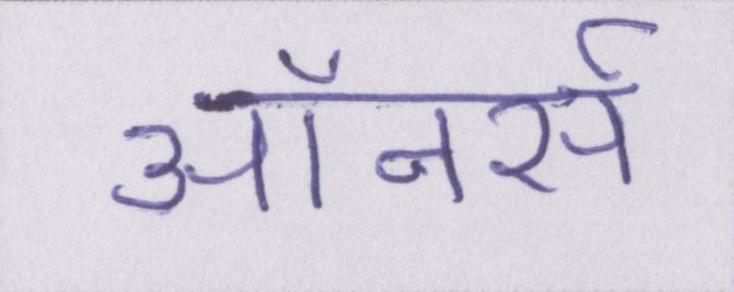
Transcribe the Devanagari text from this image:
ऑनर्स